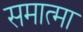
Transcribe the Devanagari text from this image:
समात्मा